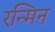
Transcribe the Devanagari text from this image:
रन्मिन